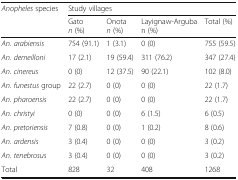
| <ROWSPAN=2> Anopheles species | <COLSPAN=4> Study villages |
 | Gaton (%) | Onotan (%) | Layignaw-Arguban (%) | Total (%) |
 | --- | --- | --- | --- | --- |
 | An. arabiensis | 754 (91.1) | 1 (3.1) | 0 (0) | 755 (59.5) |
 | An. demeilloni | 17 (2.1) | 19 (59.4) | 311 (76.2) | 347 (27.4) |
 | An. cinereus | 0 (0) | 12 (37.5) | 90 (22.1) | 102 (8.0) |
 | An. funestus group | 22 (2.7) | 0 (0) | 0 (0) | 22 (1.7) |
 | An. pharoensis | 22 (2.7) | 0 (0) | 0 (0) | 22 (1.7) |
 | An. christyi | 0 (0) | 0 (0) | 6 (1.5) | 6 (0.5) |
 | An. pretoriensis | 7 (0.8) | 0 (0) | 1 (0.2) | 8 (0.6) |
 | An. ardensis | 3 (0.4) | 0 (0) | 0 (0) | 3 (0.2) |
 | An. tenebrosus | 3 (0.4) | 0 (0) | 0 (0) | 3 (0.2) |
 | Total | 828 | 32 | 408 | 1268 |